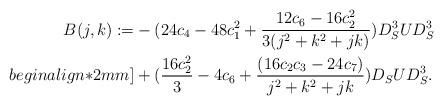
LaTeX: \begin{align*}\begin{aligned}B(j, k):=&-(24 c_4-48 c_1^2+\frac{12 c_6-16 c_2^2}{3(j^2+k^2+j k)}) D_S^3 U D_S^3\\begin{align*}2mm]&+(\frac{16 c_2^2}{3}-4 c_6+\frac{(16 c_2 c_3-24 c_7)}{j^2+k^2+j k}) D_S U D_S^3.\end{aligned}\end{align*}